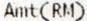
AMT(RM)